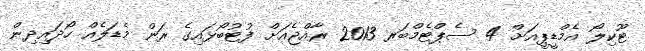
ޓޫކިލޯ އެމްޑީޕީއަށް 4 ސެޕްޓެމްބަރ 2013 ރާއްޖެއަށް ފުޓުބޯޅައިގެ ރަން މެޑަލެއް ހޯދައިދިން